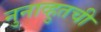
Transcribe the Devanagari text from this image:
नुनाव्हुतची